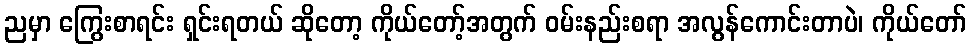
ညမှာ ကြွေးစာရင်း ရှင်းရတယ် ဆိုတော့ ကိုယ်တော့်အတွက် ဝမ်းနည်းစရာ အလွန်ကောင်းတာပဲ၊ ကိုယ်တော်